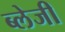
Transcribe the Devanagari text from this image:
ब्लेजी